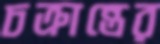
চক্রান্তের